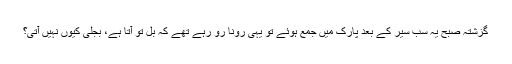
گزشتہ صبح یہ سب سیر کے بعد پارک میں جمع ہوئے تو یہی رونا رو رہے تھے کہ بل تو آتا ہے، بجلی کیوں نہیں آتی؟